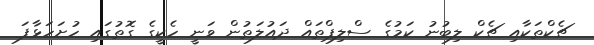
ޗެކްތަކާއި ޗެކް ލިބުނު ކަމުގެ ސްލިޕްތައް ދައުލަތުން ވަނީ ހެކީގެ ގޮތުގައި ހުށަހަޅާފަ